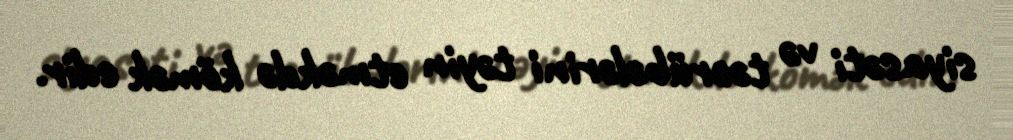
siyasəti və təcrübələrini təyin etməkdə kömək edir.